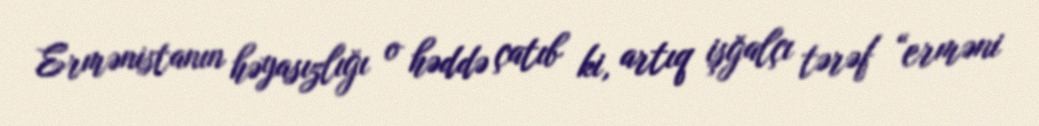
Ermənistanın həyasızlığı o həddə çatıb ki, artıq işğalçı tərəf “erməni